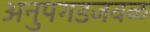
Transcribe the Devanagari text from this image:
अनुपगडजवळ